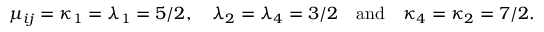
\mu _ { i j } = \kappa _ { 1 } = \lambda _ { 1 } = 5 / 2 , \quad \lambda _ { 2 } = \lambda _ { 4 } = 3 / 2 \quad \mathrm { a n d \quad } \kappa _ { 4 } = \kappa _ { 2 } = 7 / 2 .